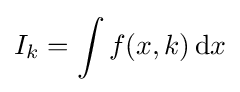
I_{k}=\int f(x,k)\,{\text{d}}x